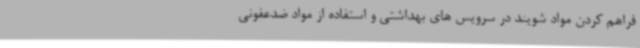
فراهم کردن مواد شویند در سرویس های بهداشتی و استفاده از مواد ضدعفونی